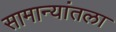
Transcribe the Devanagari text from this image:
सामान्यांतला